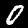
Digit: 0